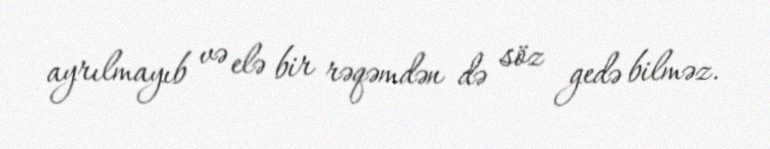
ayrılmayıb və elə bir rəqəmdən də söz gedə bilməz.